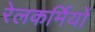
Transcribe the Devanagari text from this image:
रेलकर्मियों